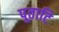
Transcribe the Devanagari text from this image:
पूताटि